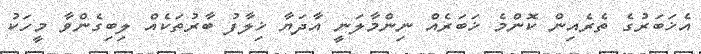
އެޚަބަރުގެ ތެރެއިން ކޮންމެ ޚަބަރެއް ނިންމާލަނީ އާދަޔާ ޚިލާފު ބާރުތަކެއް ލިބިގެންވާ މީހަކު